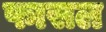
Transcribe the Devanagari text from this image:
फासल